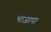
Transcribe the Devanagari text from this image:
भाजापा